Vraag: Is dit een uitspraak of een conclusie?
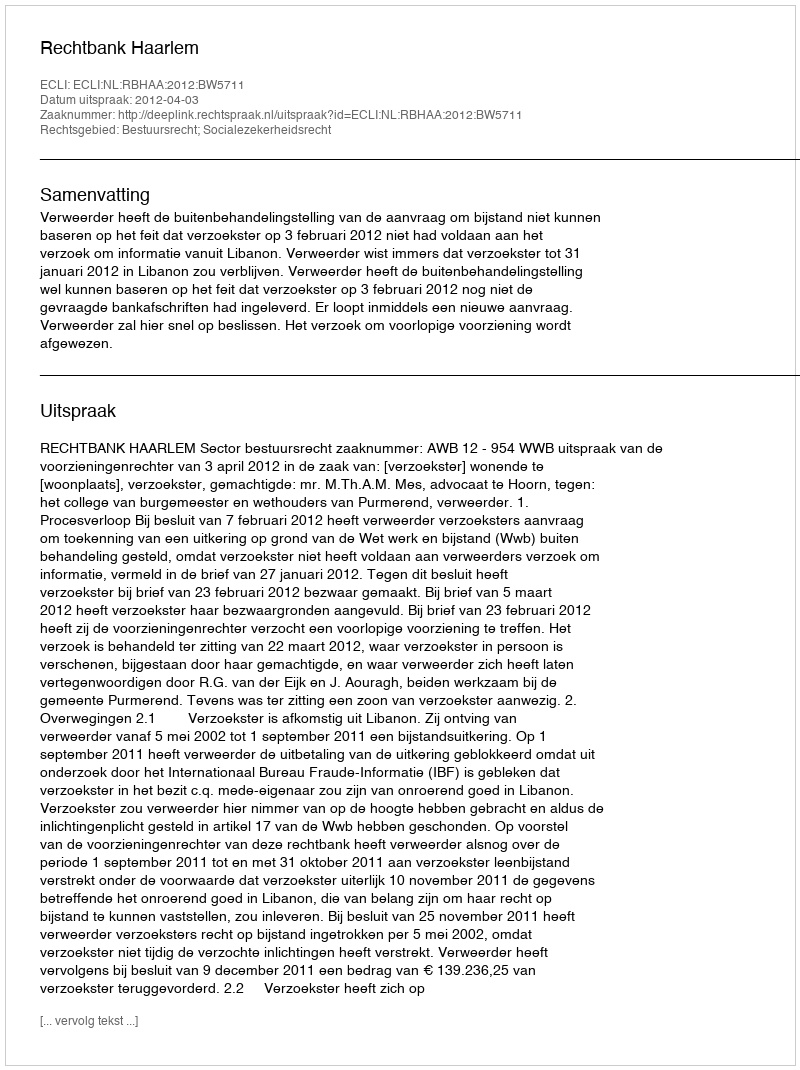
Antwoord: Uitspraak